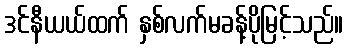
ဒင်နီယယ်ထက် နှစ်လက်မခန့်ပိုမြင့်သည်။